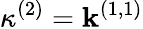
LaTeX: \kappa^{(2)}=\mathbf{k}^{(1,1)}